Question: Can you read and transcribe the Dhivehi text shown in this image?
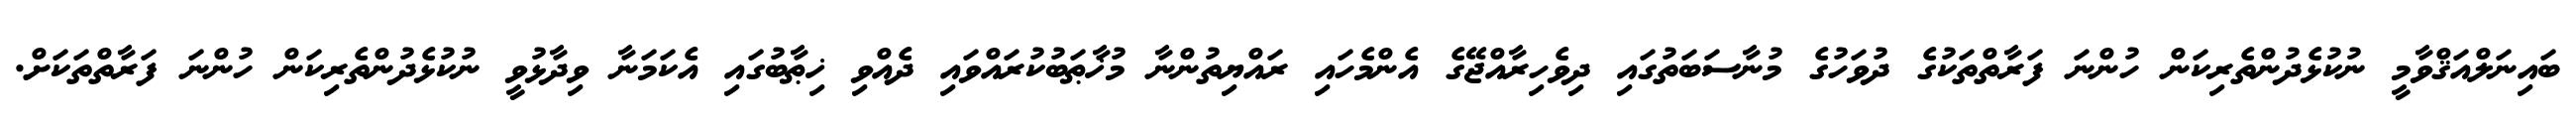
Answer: ބައިނަލްއަޤްވާމީ ނުކުޅެދުންތެރިކަން ހުންނަ ފަރާތްތަކުގެ ދުވަހުގެ މުނާސަބަތުގައި ދިވެހިރާއްޖޭގެ އެންމެހައި ރައްޔިތުންނާ މުޚާޠަބުކުރައްވައި ދެއްވި ޚިޠާބުގައި އެކަމަނާ ވިދާޅުވީ ނުކުޅެދުންތެރިކަން ހުންނަ ފަރާތްތަކަށް.